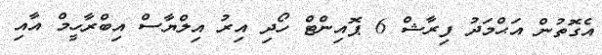
އެގޮތުން އަޙްމަދު ފިރާޝް 6 ޕޮއިންޓް ހޯދި އިރު އިލްޔާސް އިބްރާހީމް އާއި